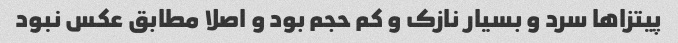
پیتزاها سرد و بسیار نازک و کم حجم بود و اصلا مطابق عکس نبود